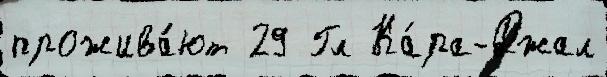
прожива́ют 29 Гл Ка́ра-Джал